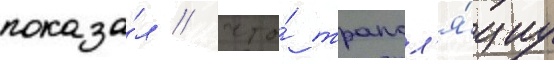
показа́л / что́ трансл'я́циу